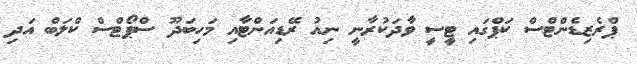
ޕްރެޒިޑެންޓްސް ކަޕްގައި ޓީސީ ވާދަކުރާނީ ނިއު ރޭޑިއަންޓާއި މަހިބަދޫ ސްޕޯޓްސް ކްލަބް އަދި